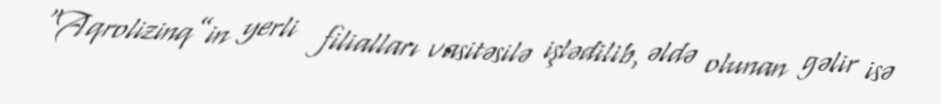
“Aqrolizinq”in yerli filialları vasitəsilə işlədilib, əldə olunan gəlir isə